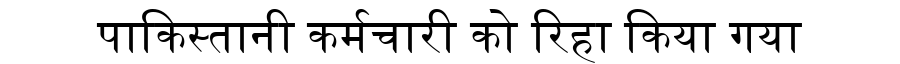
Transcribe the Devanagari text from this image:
पाकिस्तानी कर्मचारी को रिहा किया गया